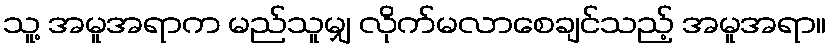
သူ့ အမူအရာက မည်သူမျှ လိုက်မလာစေချင်သည့် အမူအရာ။